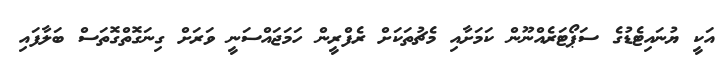
އަކީ ޔުނައިޓެޑުގެ ސަޕޯޓަރެއްނޫން ކަމަށާއި މެޗުތަކަށް ރެފްރީން ހަމަޖައްސަަނީ ވަރަށް ގިނަގޮތްގޮތަސް ބަލާފައި